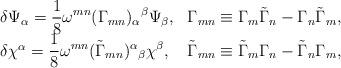
LaTeX: \begin{align*}\begin{array}{ll}\delta\Psi_\alpha=\displaystyle\frac 18\omega^{mn} (\Gamma_{mn})_\alpha{}^\beta\Psi_\beta, &\Gamma_{mn}\equiv\Gamma_m\tilde\Gamma_n-\Gamma_n\tilde\Gamma_m,\\\delta\chi^\alpha=\displaystyle\frac 18\omega^{mn}(\tilde\Gamma_{mn})^\alpha{}_\beta\chi^\beta, &\tilde\Gamma_{mn}\equiv\tilde\Gamma_m\Gamma_n-\tilde\Gamma_n\Gamma_m,\end{array}\end{align*}